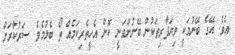
އެވެ. އޭގެ ބޭނުމަކީ ވިޔަފާރިތަކުން ބޭނުންވަނީ ކޮން އެހީތެރިކަމެއް ތޯ ބެލުމެވެ. ސަރުކާރަށް